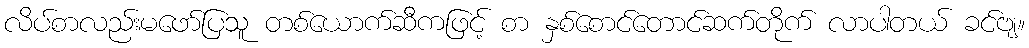
လိပ်စာလည်းမဖော်ပြသူ တစ်ယောက်ဆီကဖြင့် စာ နှစ်စောင်တောင်ဆက်တိုက် လာပါတယ် ခင်ဗျ။